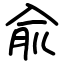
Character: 兪